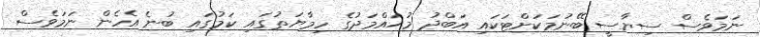
ނަމަވެސް ސިޔާސީ ބޭނުމަކަށްޓަކައި އަބްދު މުޙައްމަދުގެ ހިމާޔަތުގައި ކަމުގައި ބުނެ އެހެން ނަމަވެސް